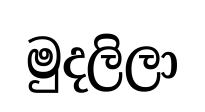
මුදලිලා